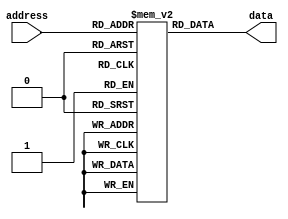
module fuse_ROM (
    input wire [address_width-1:0] address,
    output reg [data_width-1:0] data
    );

    parameter block_size = 8;
    parameter num_blocks = 32;
    parameter data_width = 8;
    parameter address_width = 5;

    reg [data_width-1:0] memory [num_blocks*block_size-1:0];

    initial begin
        // Initialize memory blocks with fixed data values
        // Insert data values here
    end

    always @* begin
        // Read data from memory based on input address
        data = memory[address];
    end

endmodule